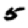
Digit: 5